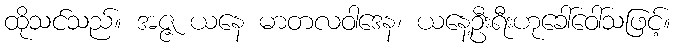
ထိုသင်သည်။ အဇ္ဇ ယနေ မာတလဝါဒေန၊ ယနေ့ဦးရီးဟုခေါ်ဝေါ်သဖြင့်။